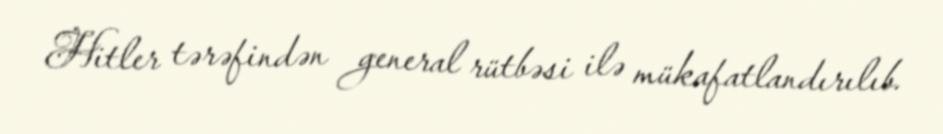
Hitler tərəfindən general rütbəsi ilə mükafatlandırılıb.